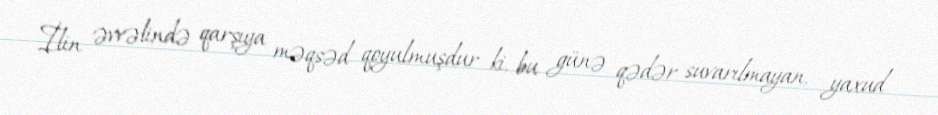
İlin əvvəlində qarşıya məqsəd qoyulmuşdur ki, bu günə qədər suvarılmayan, yaxud